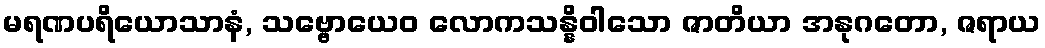
မရဏပရိယောသာနံ, သဗ္ဗောယေဝ လောကသန္နိဝါသော ဇာတိယာ အနုဂတော, ဇရာယ